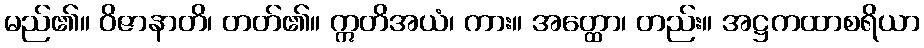
မည်၏။ ဝိဇာနာတိ၊ တတ်၏။ ဣတိအယံ၊ ကား။ အတ္ထော၊ တည်း။ အဋ္ဌကထာစရိယာ